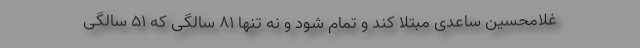
غلامحسین ساعدی مبتلا کند و تمام شود و نه تنها 81 سالگی که 51 سالگی